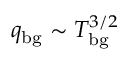
q _ { \mathrm { b g } } \sim T _ { \mathrm { b g } } ^ { 3 / 2 }